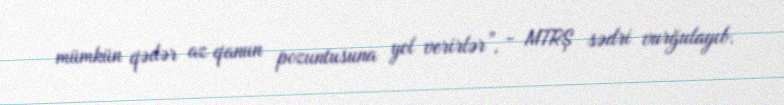
mümkün qədər az qanun pozuntusuna yol verirlər”, - MTRŞ sədri vurğulayıb.